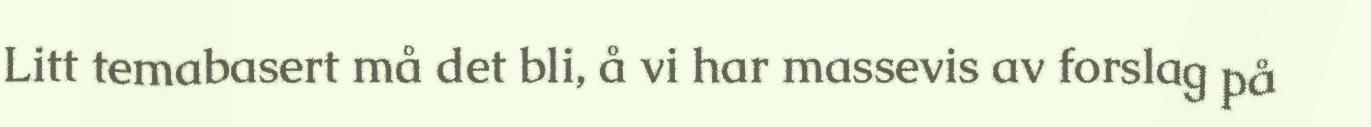
Litt temabasert må det bli, å vi har massevis av forslag på